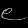
Digit: ၉